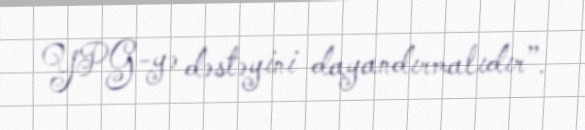
YPG-yə dəstəyini dayandırmalıdır”.